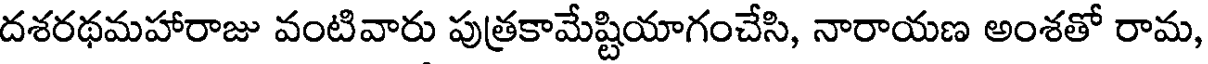
దశరథమహారాజు వంటివారు పుత్రకామేష్టియాగంచేసి, నారాయణ అంశతో రామ,